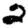
Digit: 2